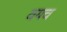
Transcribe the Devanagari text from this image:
वयच